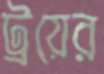
ট্রয়ের